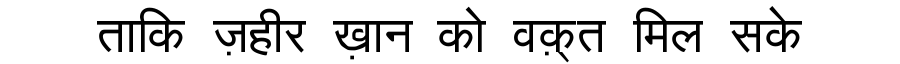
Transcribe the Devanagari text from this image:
ताकि ज़हीर ख़ान को वक़्त मिल सके